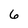
Character: 6